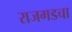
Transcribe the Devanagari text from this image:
राजगडचा